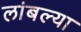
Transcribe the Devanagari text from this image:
लांबल्या